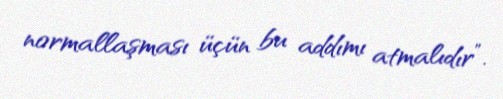
normallaşması üçün bu addımı atmalıdır”.